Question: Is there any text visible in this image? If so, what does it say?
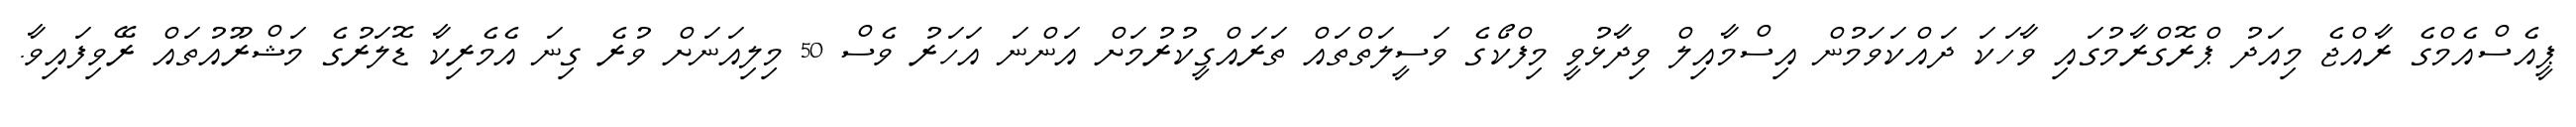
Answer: ޕީއެސްއެމްގެ ރާއްޖެ މިއަދު ޕްރޮގްރާމުގައި ވާހަކަ ދައްކަވަމުން އިސްމާއިލް ވިދާޅުވީ މިފްކޯގެ ވަސީލަތްތައް ތަރައްގީކުރުމަށް އަންނަ އަހަރު ވެސް 50 މިލިއަނަށް ވުރެ ގިނަ އެމެރިކާ ޑޮލަރުގެ މަޝްރޫއުތައް ރޭވިފައިވާ.